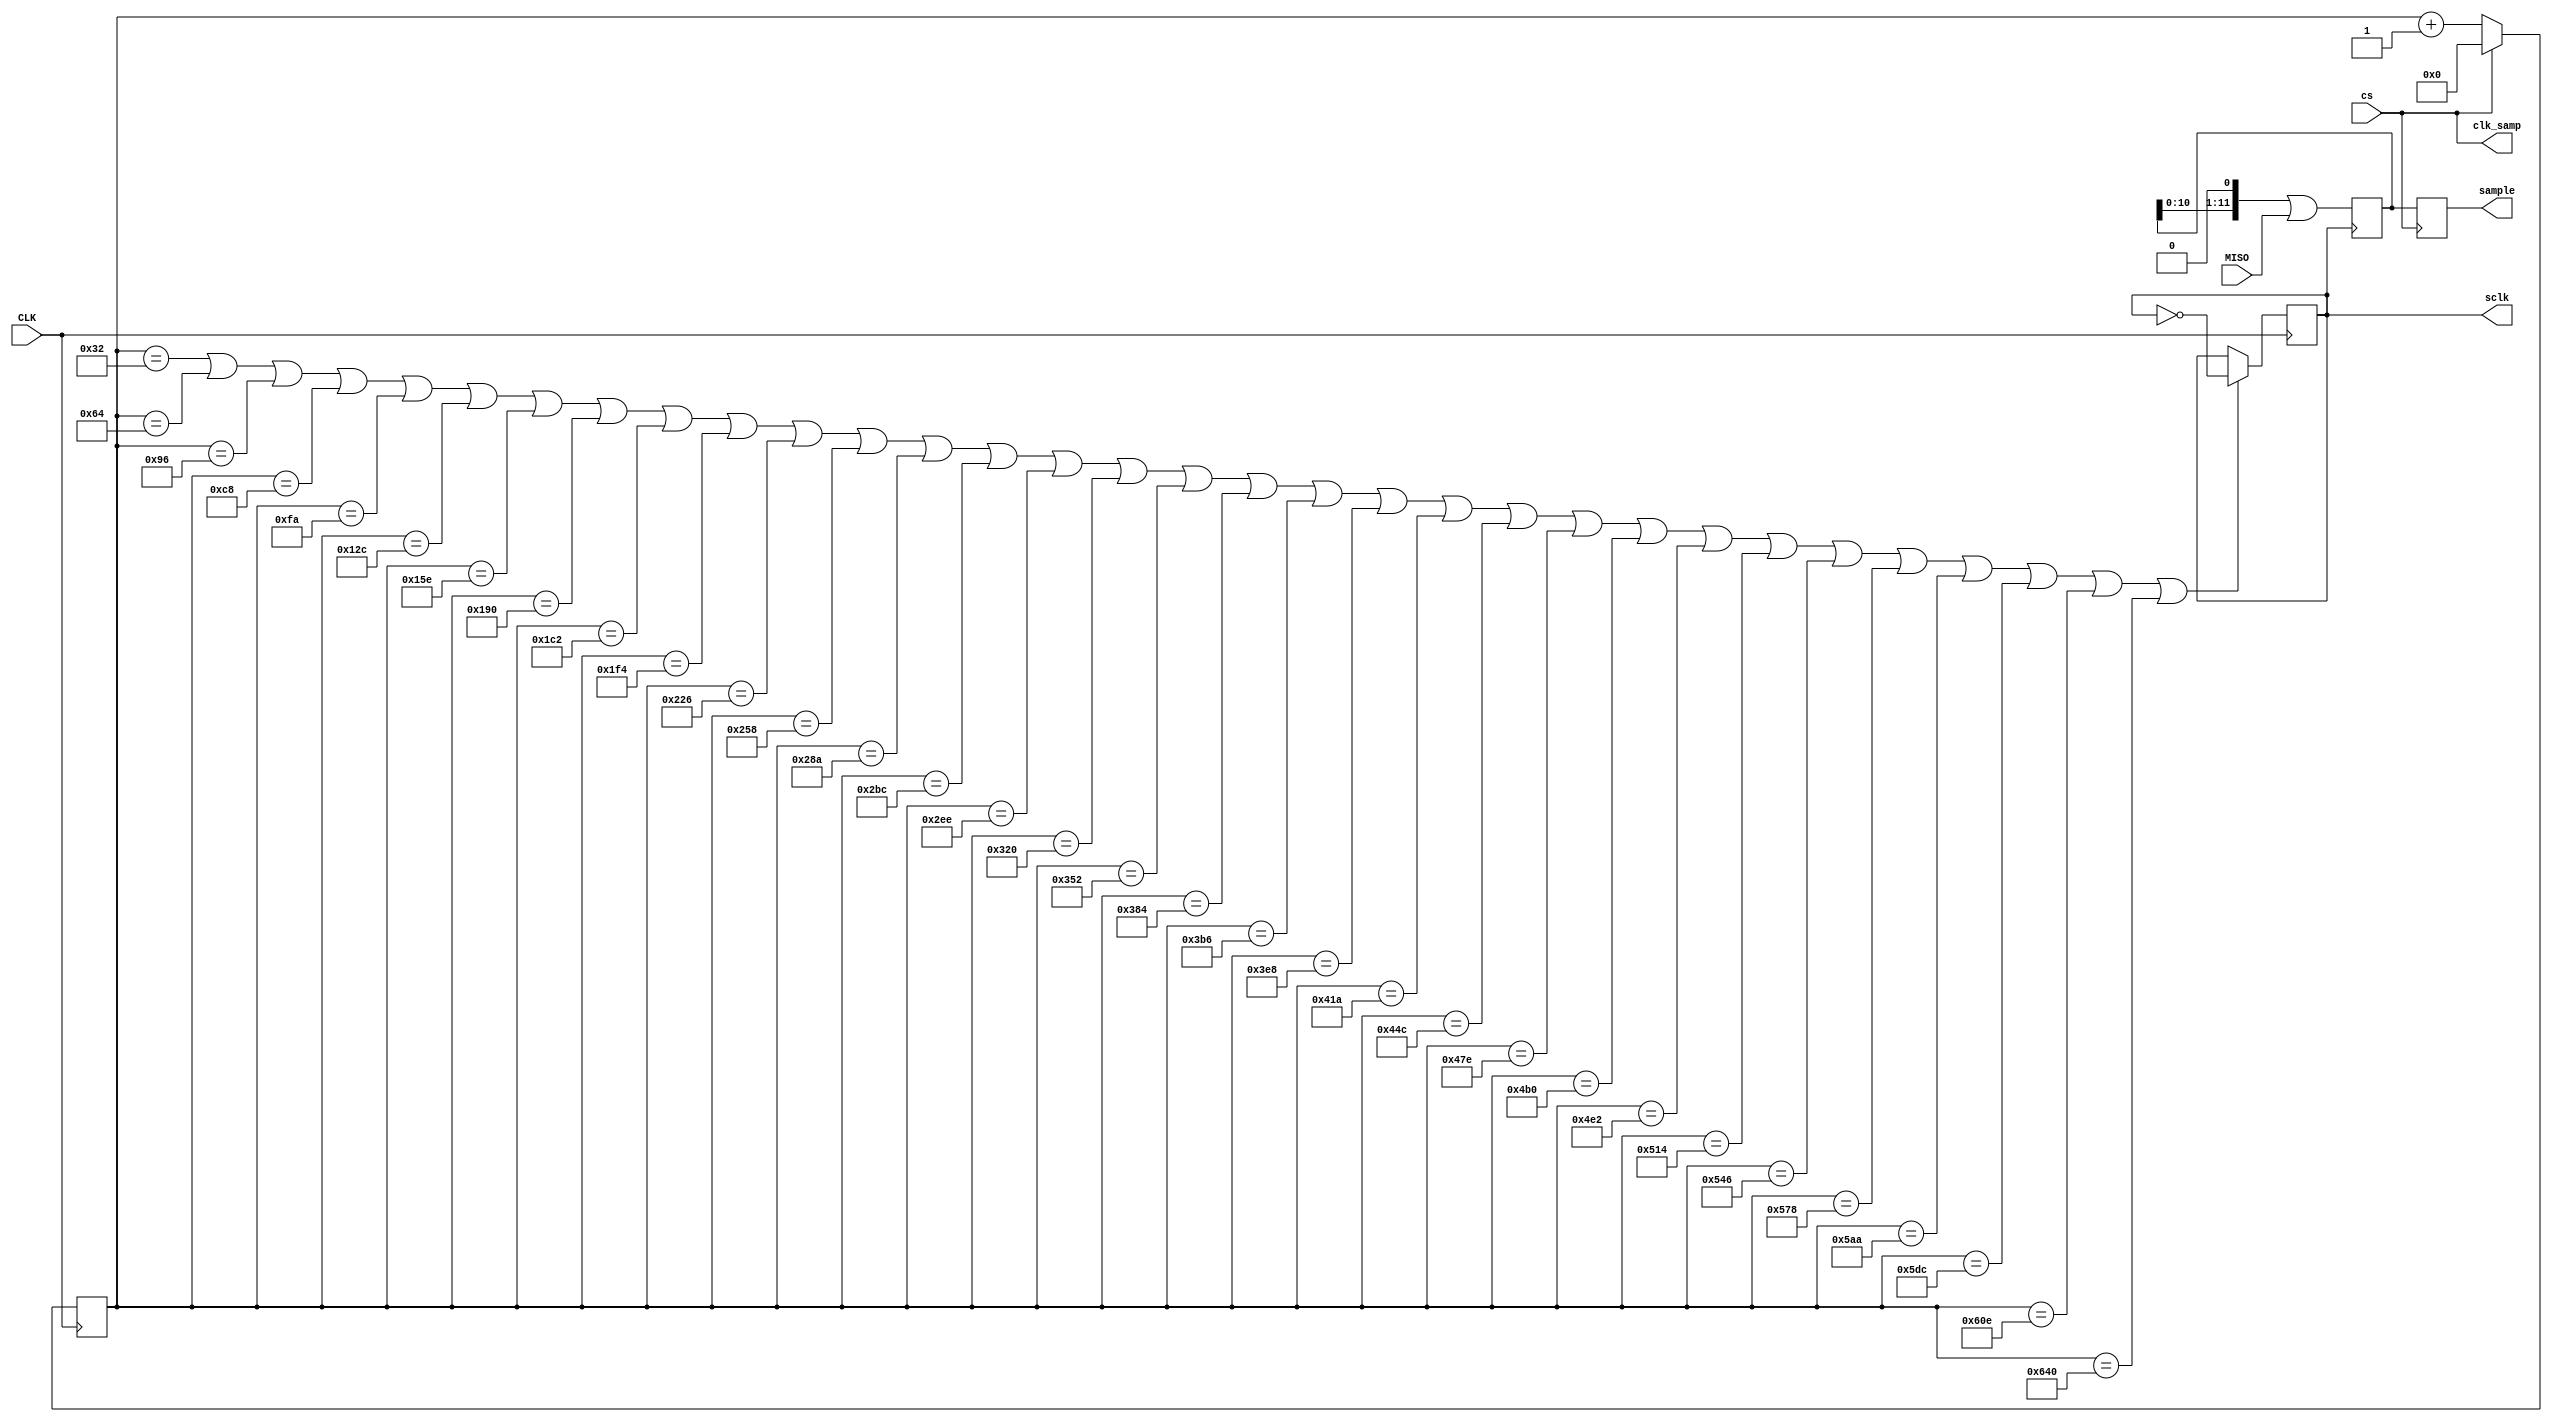
`timescale 1ns / 1ps
//////////////////////////////////////////////////////////////////////////////////
// Company: 
// Engineer: 
// 
// Design Name: 
// Module Name: Voice_Capturer
// Project Name: 
// Target Devices: 
// Tool Versions: 
// Description: 
// 
// Dependencies: 
// 
// Revision:
// Revision 0.01 - File Created
// Additional Comments:
// 
//////////////////////////////////////////////////////////////////////////////////


module Voice_Capturer(
    input CLK,                  // 100MHz clock
    input cs,                   // sampling clock, 20kHz
    input MISO,                 // J_MIC3_Pin3, serial mic input
    output clk_samp,            // J_MIC3_Pin1
    output reg sclk,            // J_MIC3_Pin4, MIC3 serial clock
    output reg [11:0]sample     // 12-bit audio sample data
    );
    
    reg [11:0]count2 = 0;
    reg [11:0]temp = 0;
    
    initial begin
        sclk = 0;
    end
    
    assign clk_samp = cs;
    
    //Creating SPI clock signals
    always @ (posedge CLK) begin
        count2 <= (cs == 0) ? count2 + 1 : 0;
        sclk <= (count2 == 50 || count2 == 100 || count2 == 150 || count2 == 200 || count2 == 250 || count2 == 300 || count2 == 350 || count2 == 400 || count2 == 450 || count2 == 500 || count2 == 550 || count2 == 600 || count2 == 650 || count2 == 700 || count2 == 750 || count2 == 800 || count2 == 850 || count2 == 900 || count2 == 950 || count2 == 1000 ||count2 == 1050 || count2 == 1100 || count2 == 1150 || count2 == 1200 || count2 == 1250 || count2 == 1300 || count2 == 1350 || count2 == 1400 || count2 == 1450 || count2 == 1500 || count2 == 1550 || count2 == 1600) ?  ~sclk  : sclk ;
    end
    
    always @ (negedge sclk) begin
        temp <= temp<<1 | MISO;
    end

    always @ (posedge cs) begin
        sample <= temp[11:0];
    end
    
endmodule